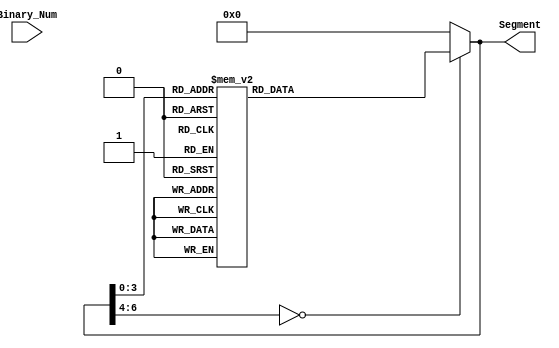

module BINARY_7_SEGMENT(
    input [3:0] Binary_Num,
    output reg [6:0] Segment
    );
    
    always@(Binary_Num)
    begin
    case(Segment)
     0: Segment = 7'b1111110;
     1: Segment = 7'b0110000;
     2: Segment = 7'b1101101;
     3: Segment = 7'b1111001;
     4: Segment = 7'b0110011;
     5: Segment = 7'b1011011;
     6: Segment = 7'b1011111;
     7: Segment = 7'b1110000;
     8: Segment = 7'b1111111;
     9: Segment = 7'b1111011;
     default : Segment = 7'b0000000;
     endcase
     end
endmodule